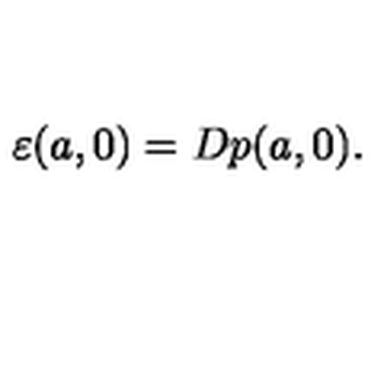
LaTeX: \varepsilon ( a , 0 ) = D p ( a , 0 ) .